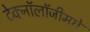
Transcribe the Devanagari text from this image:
टेक्नॉलॉजीमधे